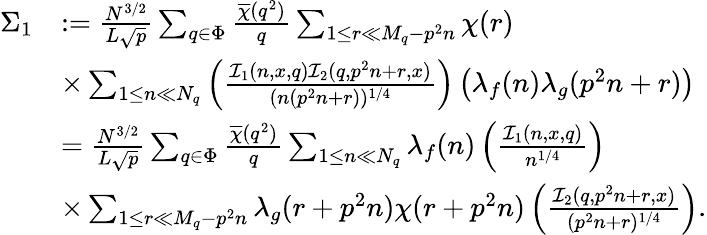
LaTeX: \begin{array}{rl}{\Sigma_{1}}&{:=\frac{N^{3/2}}{L\sqrt{p}}\sum_{q\in\Phi}\frac{\overline{{\chi}}(q^{2})}{q}\sum_{1\leq r\ll M_{q}-p^{2}n}\chi(r)}\\ &{\times\sum_{1\leq n\ll N_{q}}\left(\frac{\mathcal{I}_{1}(n,x,q)\mathcal{I}_{2}(q,p^{2}n+r,x)}{(n(p^{2}n+r))^{1/4}}\right)\left(\lambda_{f}(n)\lambda_{g}(p^{2}n+r)\right)}\\ &{=\frac{N^{3/2}}{L\sqrt{p}}\sum_{q\in\Phi}\frac{\overline{{\chi}}(q^{2})}{q}\sum_{1\leq n\ll N_{q}}\lambda_{f}(n)\left(\frac{\mathcal{I}_{1}(n,x,q)}{n^{1/4}}\right)}\\ &{\times\sum_{1\leq r\ll M_{q}-p^{2}n}\lambda_{g}(r+p^{2}n)\chi(r+p^{2}n)\left(\frac{\mathcal{I}_{2}(q,p^{2}n+r,x)}{(p^{2}n+r)^{1/4}}\right).}\end{array}